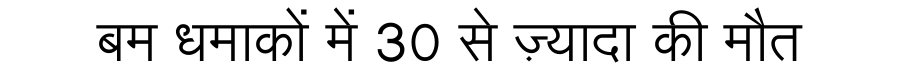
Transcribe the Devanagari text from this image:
बम धमाकों में 30 से ज़्यादा की मौत